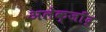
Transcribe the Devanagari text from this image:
अलेक्जाँद्र